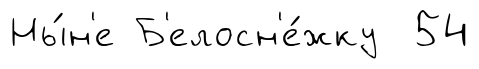
Ны́н'е Б'елосн'е́жку 54